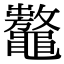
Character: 𪓾